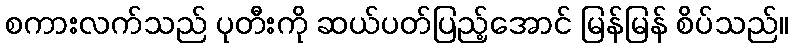
စကားလက်သည် ပုတီးကို ဆယ်ပတ်ပြည့်အောင် မြန်မြန် စိပ်သည်။